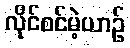
လိုင်စင်မဲ့ယာဉ်